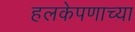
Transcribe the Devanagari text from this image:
हलकेपणाच्या